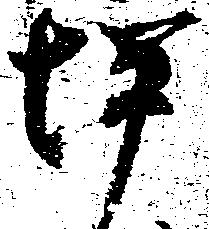
坪